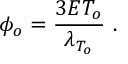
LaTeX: \phi _ { o } = { \frac { 3 E T _ { o } } { \lambda _ { T _ { o } } } } \ .